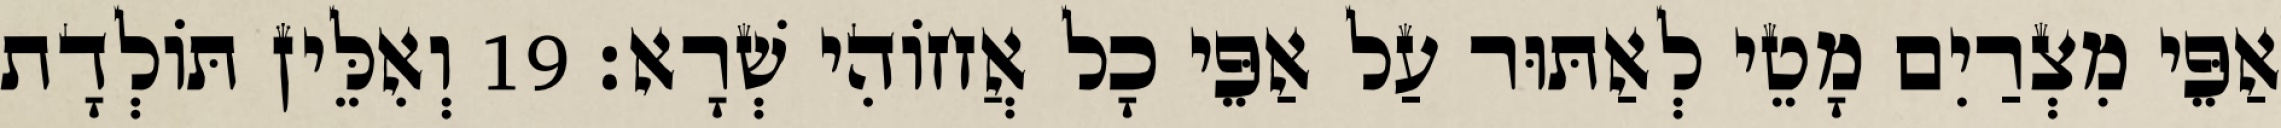
אַפֵּי מִצְרַיִם מָטֵי לְאַתּוּר עַל אַפֵּי כָל אֲחוֹהִי שְׁרָא׃ 19 וְאִלֵּין תּוֹלְדָת